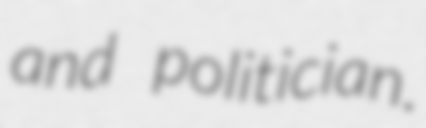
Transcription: and politician.